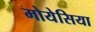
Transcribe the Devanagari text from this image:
मोयेसिया